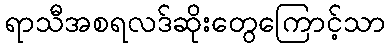
ရာသီအစရလဒ်ဆိုးတွေကြောင့်သာ